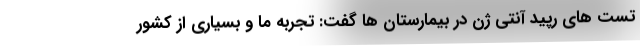
تست های رپید آنتی ژن در بیمارستان ها گفت: تجربه ما و بسیاری از کشور